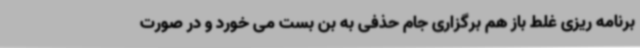
برنامه ریزی غلط باز هم برگزاری جام حذفی به بن بست می خورد و در صورت